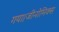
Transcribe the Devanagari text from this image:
गया।जीनोमिक्स